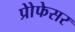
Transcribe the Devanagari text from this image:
प्रोेफेसर